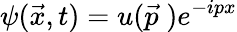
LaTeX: \psi(\vec{x},t)=u(\vec{p}\; )e^{-ipx}